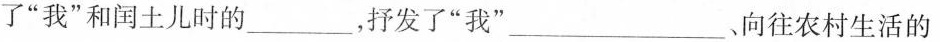
了”我”和闰土儿时的___，抒发了”我”___，向往农村生活的